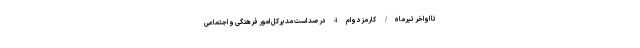
تا اواخر تیرماه/ کارمزد وام 4 درصد است مدیرکل امور فرهنگی و اجتماعی